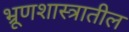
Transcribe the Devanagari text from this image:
भ्रूणशास्त्रातील